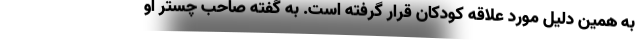
به همین دلیل مورد علاقه کودکان قرار گرفته است. به گفته صاحب چستر او